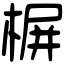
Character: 𣖕